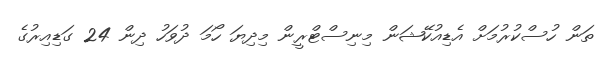
ތަން ހުސްކުރުމަށް އެޑިއުކޭޝަން މިނިސްޓްރީން މިދިޔަ ހޯމަ ދުވަހު ދިން 24 ގަޑިއިރުގެ